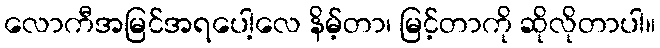
လောကီအမြင်အရပေါ့လေ နိမ့်တာ၊ မြင့်တာကို ဆိုလိုတာပါ။